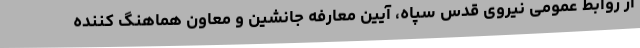
از روابط عمومی نیروی قدس سپاه، آیین معارفه جانشین و معاون هماهنگ کننده